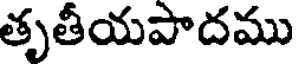
తృతీయపాదము